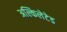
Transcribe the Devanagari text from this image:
अल्किलेटेड